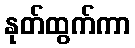
နုတ်ထွက်ကာ